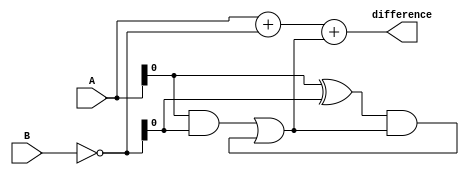
module ripple_carry_subtractor(
    input [3:0] A,
    input [3:0] B,
    output reg [3:0] difference
);

reg [3:0] temp_diff;
reg borrow;
reg [3:0] not_B;

assign not_B = ~B;

always @* begin
    temp_diff = A + not_B + borrow;
    borrow = (A[0] & not_B[0]) | ((A[0] ^ not_B[0]) & borrow);
    difference = temp_diff;
end

endmodule